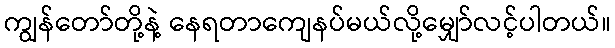
ကျွန်တော်တို့နဲ့ နေရတာကျေနပ်မယ်လို့မျှော်လင့်ပါတယ်။